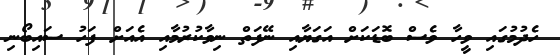
ހެދުމުގައި ވީހާ ވެސް ބޮޑަކަށް އަގަޔާއި ނޭފަތް ނިވާކުރުމާއި އެއަށް ފަހު ސައިބޯނި